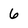
Character: 6